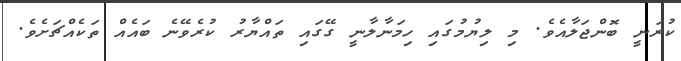
ކުރަނީ ބޮންޖަލާއެވެ. މި ލިޔުމުގައި ހިމަނާލާނީ ގޭގައި ތައްޔާރު ކުރެވޭނެ ބައެއް ތަކެއްޗަށެވެ.